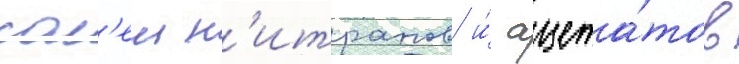
сол'еи н'итратов и́ ацета́тов